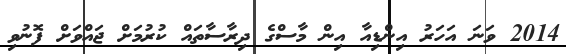
2014 ވަނަ އަހަރު އިންޑިއާ އިން މާސްގެ ދިރާސާތައް ކުރުމަށް ޖައްވަށް ފޮނުވި